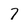
Character: 7